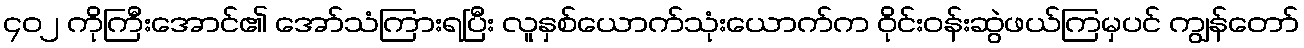
၄၀၂ ကိုကြီးအောင်၏ အော်သံကြားရပြီး လူနှစ်ယောက်သုံးယောက်က ဝိုင်းဝန်းဆွဲဖယ်ကြမှပင် ကျွန်တော်